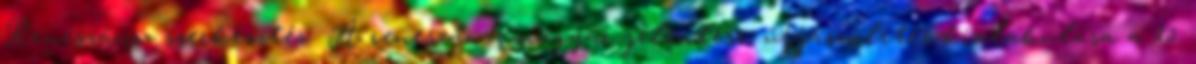
Reneszánsz szerkesztés A reneszánsz magyar jelentése: újjászületés kialakulása a 15.